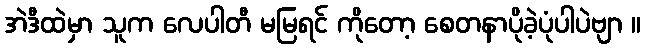
အဲဒီထဲမှာ သူက လေပါတီ မမြရင် ကိုတော့ စေတနာပိုခဲ့ပုံပါပဲဗျာ ။